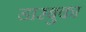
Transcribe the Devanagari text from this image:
डारबुका